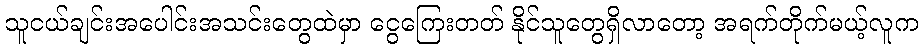
သူငယ်ချင်းအပေါင်းအသင်းတွေထဲမှာ ငွေကြေးတတ် နိုင်သူတွေရှိလာတော့ အရက်တိုက်မယ့်လူက